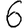
Digit: 6